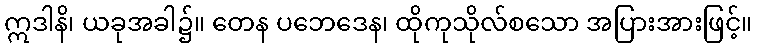
ဣဒါနိ၊ ယခုအခါ၌။ တေန ပဘေဒေန၊ ထိုကုသိုလ်စသော အပြားအားဖြင့်။